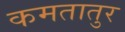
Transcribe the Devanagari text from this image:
कमतातुर